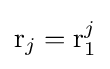
\mathrm {r} _{j}=\mathrm {r} _{1}^{j}